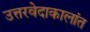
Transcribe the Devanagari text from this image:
उत्तरवेदाकालांत